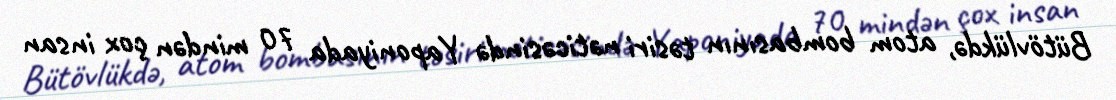
Bütövlükdə, atom bombasının təsiri nəticəsində Yaponiyada 70 mindən çox insan